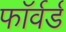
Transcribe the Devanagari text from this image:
फाॅर्वर्ड